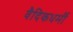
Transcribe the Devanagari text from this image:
वैदिकधर्मी